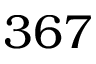
3 6 7